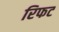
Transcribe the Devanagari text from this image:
रिफट